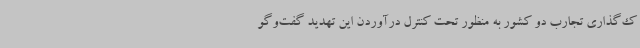
ک‌گذاری تجارب دو کشور به منظور تحت کنترل درآوردن این تهدید گفت‌وگو